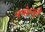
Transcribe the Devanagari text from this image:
नमोस्तुते